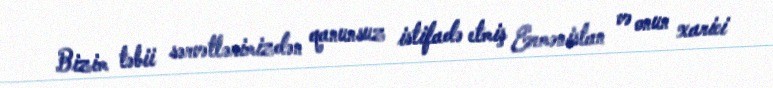
Bizim təbii sərvətlərimizdən qanunsuz istifadə etmiş Ermənistan və onun xarici